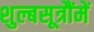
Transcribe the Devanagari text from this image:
शुल्बसूत्रौंमें